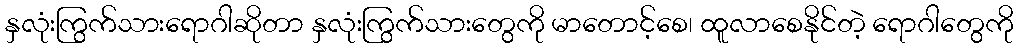
နှလုံးကြွက်သားရောဂါဆိုတာ နှလုံးကြွက်သားတွေကို မာတောင့်စေ၊ ထူလာစေနိုင်တဲ့ ရောဂါတွေကို